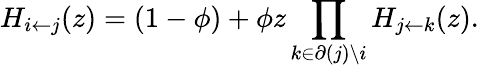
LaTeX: H_{i\leftarrow j}(z)=(1-\phi)+\phi z\prod_{k\in\partial(j)\backslash i}H_{j\leftarrow k}(z).